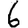
Digit: 6